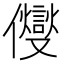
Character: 𠑄